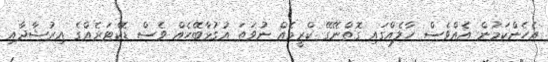
އެހެންކަމުން އެއްވެސް ހާލެއްގައި ގޮތްނޭގޭ ކްރީމެއް ނުވަތަ އުގުޅާބޭހެއް ވެސް ޑޮކްޓަރެއްގެ އިރުޝާދާއި